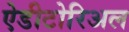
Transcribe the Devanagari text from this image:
ऐडीटोरिअल